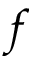
f